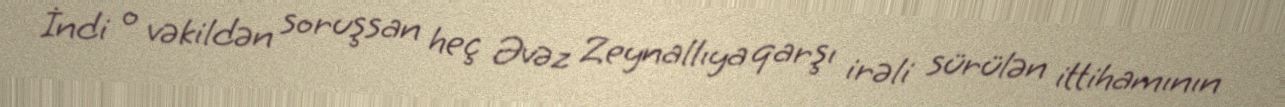
İndi o vəkildən soruşsan heç Əvəz Zeynallıya qarşı irəli sürülən ittihamının